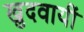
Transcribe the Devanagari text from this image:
खुदवायीं